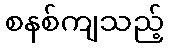
စနစ်ကျသည့်